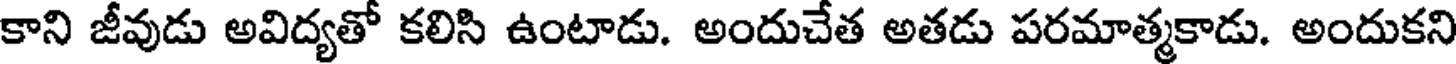
కాని జీవుడు అవిద్యతో కలిసి ఉంటాడు. అందుచేత అతడు పరమాత్మకాడు. అందుకని